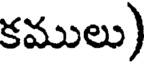
కములు)